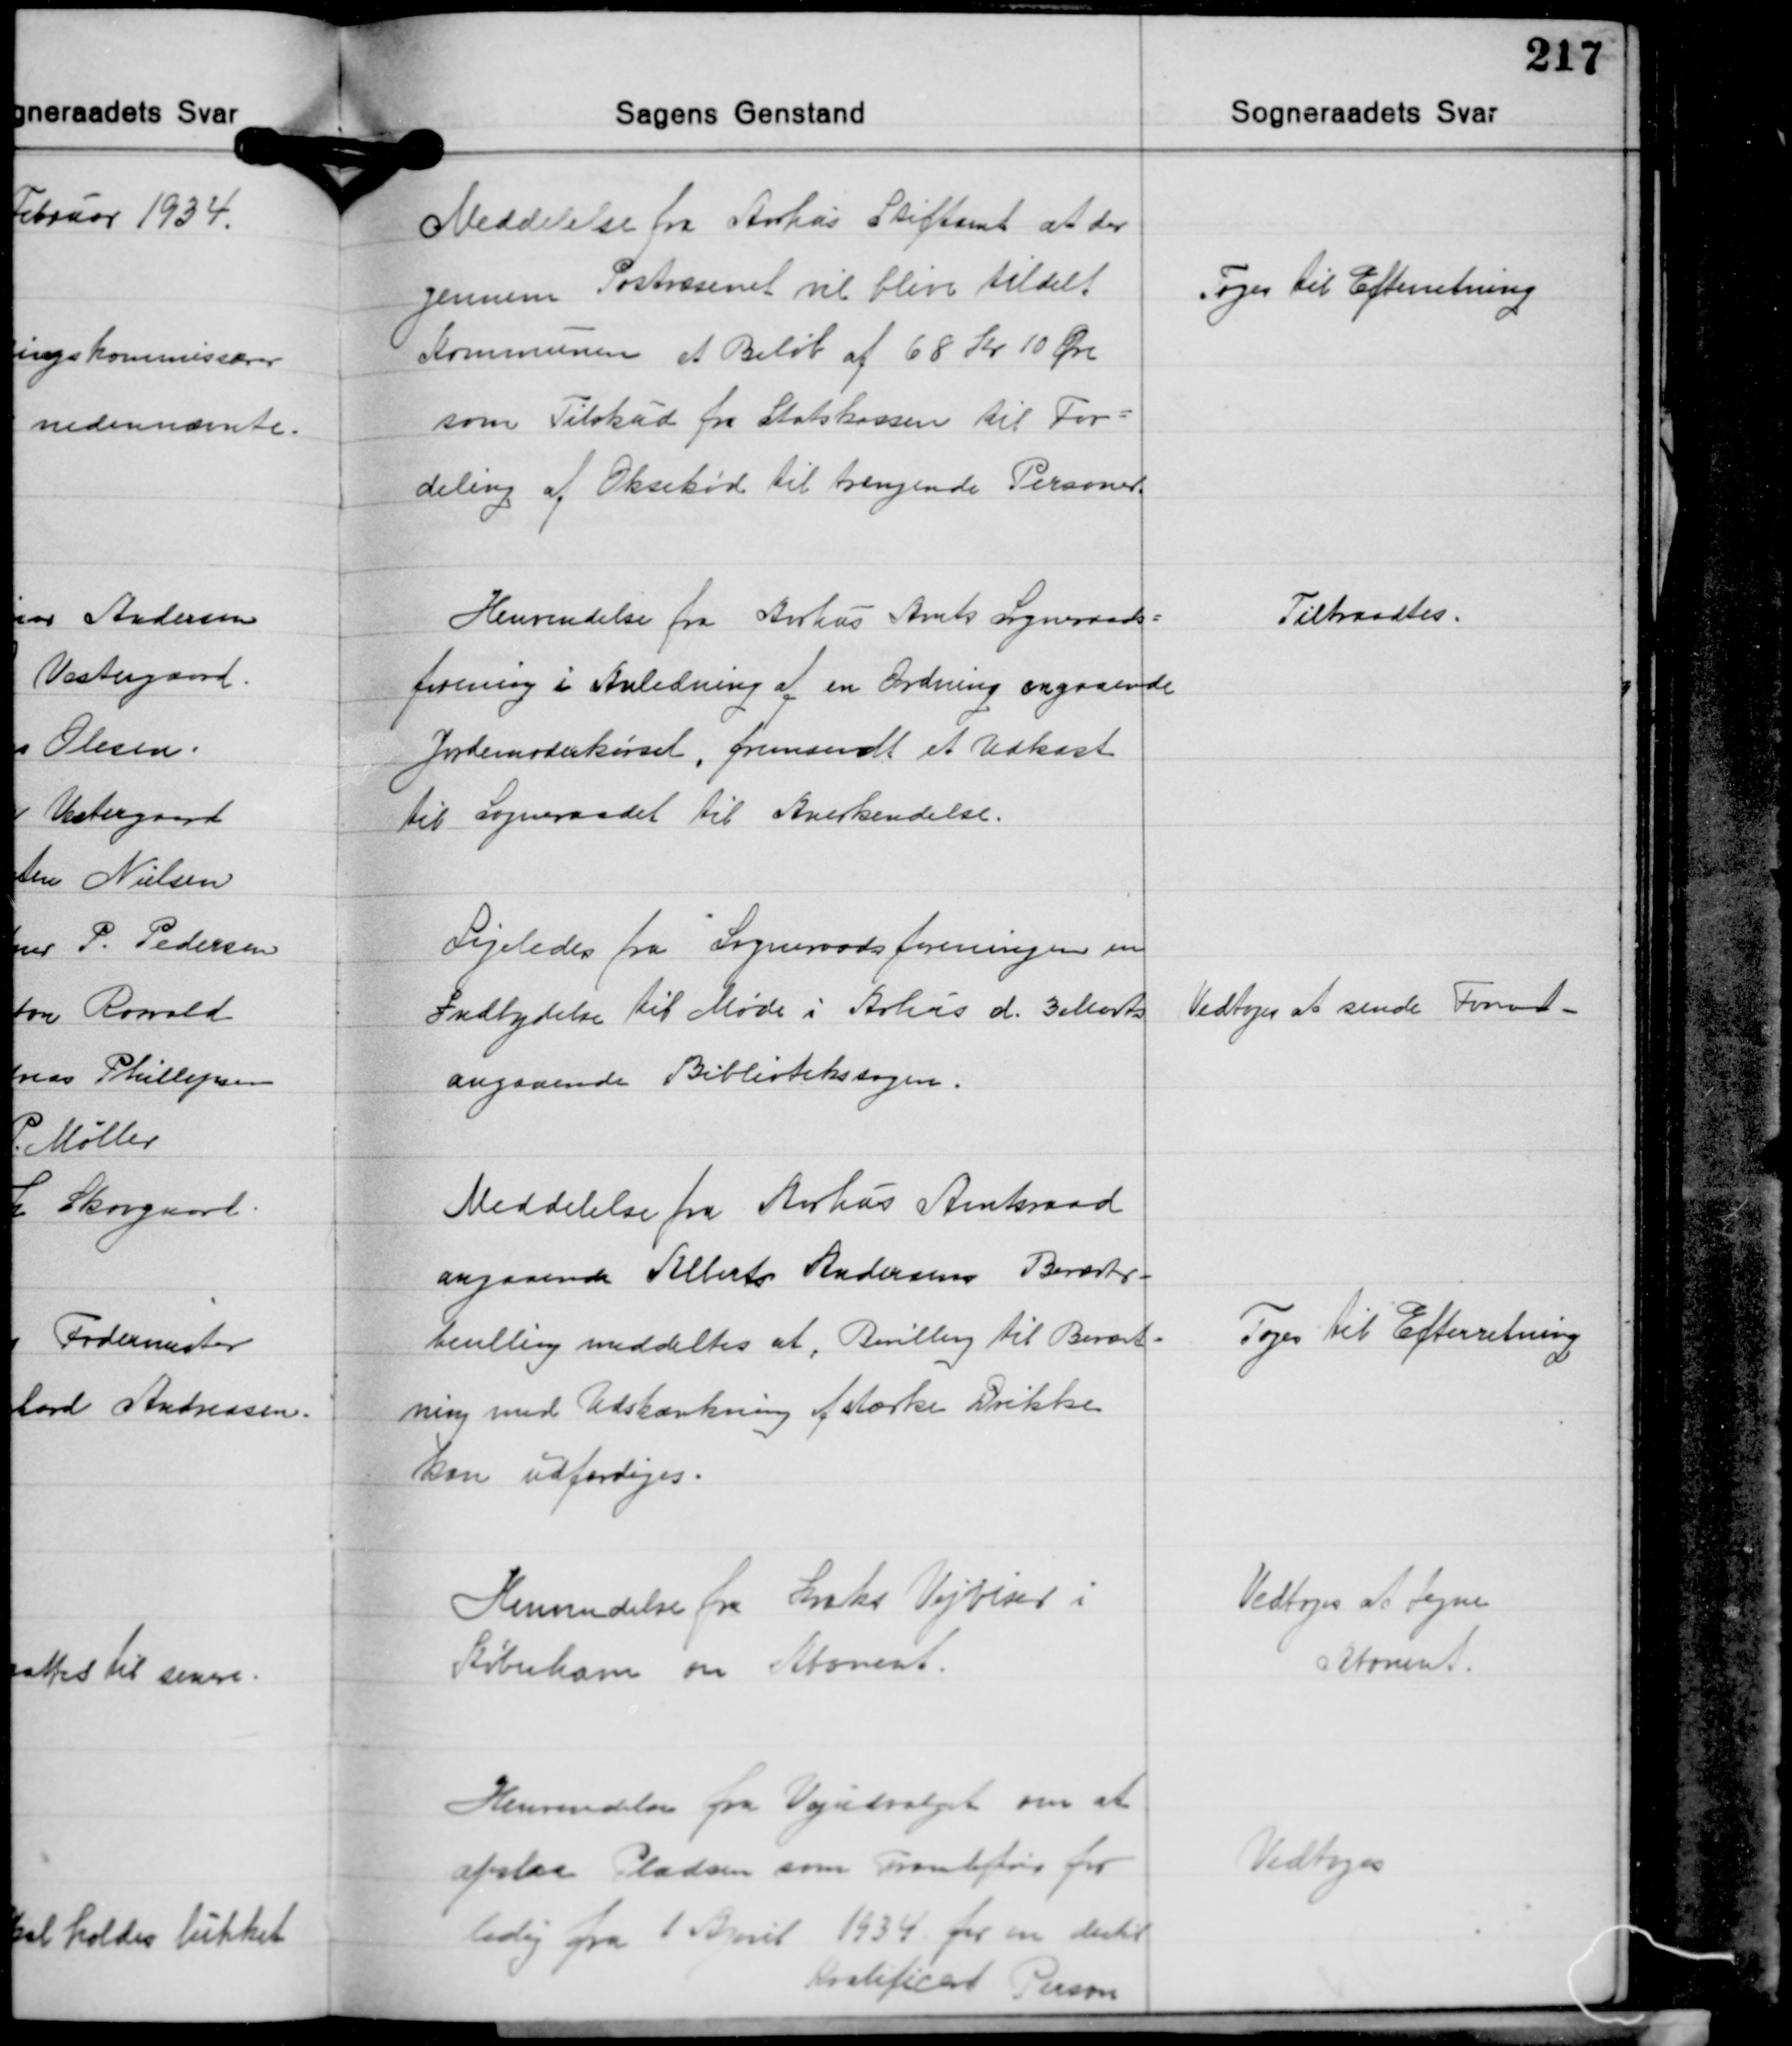
Transskription:
Meddelelse fra Aarhus Stiftamt at der
gennem Postvæsenet vil blive tildelt
Kommunen et Beløb af 68 Kr. 10 Øre
som Tilskud fra Statskassen til For-
deling af Oksekød til trængende Personer

Toges til Efterretning

Henvendelse fra Aarhus Amts Sogneraads-
forening i Anledning af en Ordning angaaende
Jordemoderkørsel, fremsendt et Udkast
til Sogneraadet til Anerkendelse.

Tiltraadtes.

Ligeledes fra Sogneraadsforeningen en
Indbydelse til Møde i Århus d. 3 Marts
angaaende Bibliotekssagen.

Vedtoges at sende Formd.

Meddelelse fra Århus Amtsraad
angaaende Alberto Andersens Beværter-
bevilling meddeltes at Bevilling til Bevært-
ning med Udskænkning af stærke Drikke
kan udfærdiges.

Toges Til Efterretning

Henvendelse fra Kraks Vejviser i
København om Abonent.

Vedtoges at tegne
Abonent.

Henvendelse fra Vejudvalget om at
afstaa Pladsen som Tromlefører for
ledig fra 1 April 1934 for en dertil
Kvalificeret Person

Vedtoges